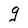
Character: g